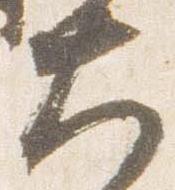
大